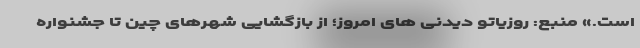
است.» منبع: روزیاتو دیدنی های امروز؛ از بازگشایی شهرهای چین تا جشنواره